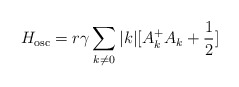
\begin{align*}H_{\rm osc}=r{\gamma} \sum_{k{\neq}0} |k| [ A_k^{+}A_{k} +\frac{1}{2}]\end{align*}